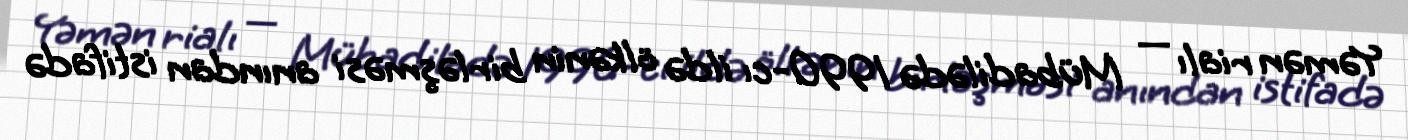
Yəmən rialı — Mübadilədə 1990-cı ildə ölkənin birləşməsi anından istifadə